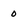
Character: O